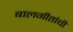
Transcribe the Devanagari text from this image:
बालगीतांची